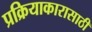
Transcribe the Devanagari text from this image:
प्रक्रियाकारासाठी